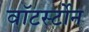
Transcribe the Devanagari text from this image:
वाॅटर्स्टोन